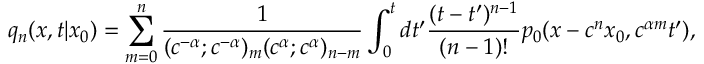
q _ { n } ( x , t | x _ { 0 } ) = \sum _ { m = 0 } ^ { n } \frac { 1 } { ( c ^ { - \alpha } ; c ^ { - \alpha } ) _ { m } ( c ^ { \alpha } ; c ^ { \alpha } ) _ { n - m } } \int _ { 0 } ^ { t } d t ^ { \prime } \frac { ( t - t ^ { \prime } ) ^ { n - 1 } } { ( n - 1 ) ! } p _ { 0 } ( x - c ^ { n } x _ { 0 } , c ^ { \alpha m } t ^ { \prime } ) ,